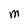
Character: M